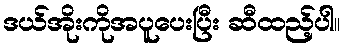
ဒယ်အိုးကိုအပူပေးပြီး ဆီထည့်ပါ။